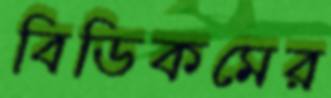
বিডিকমের